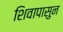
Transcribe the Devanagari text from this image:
शिवापासुन